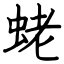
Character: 蛯